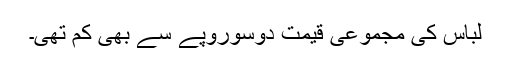
لباس کی مجموعی قیمت دوسوروپے سے بھی کم تھی۔